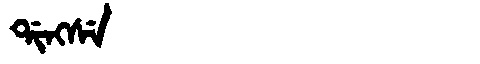
Manchu: ᡩᡳᠩᠰᡝ
Romanization: DINGSE